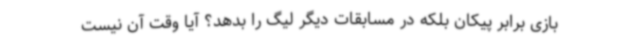
بازی برابر پیکان بلکه در مسابقات دیگر لیگ را بدهد؟ آیا وقت آن نیست